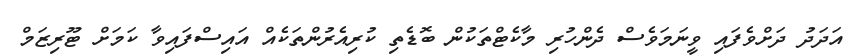
އަދަދު ދަށްވެފައި ވީނަމަވެސް ދެންހުރި މާކެޓްތަކުން ބޮޑެތި ކުރިއެރުންތަކެއް އައިސްފައިވާ ކަމަށް ޓޫރިޒަމް